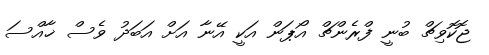
ޖޮކޮވިޗް ބުނީ ފްރެންޗް އޯޕަން އަކީ އޭނާ އަށް އަބަދު ވެސް ޚާއްސަ